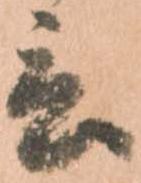
言